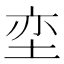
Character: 𮰟